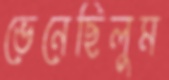
ভেনেছিলুম